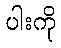
ပါးကို